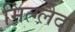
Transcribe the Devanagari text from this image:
मित्ग्लैद